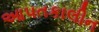
આપતકાલીન